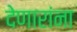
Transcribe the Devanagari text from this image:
देणारांना